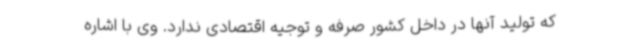
که تولید آنها در داخل کشور صرفه و توجیه اقتصادی ندارد. وی با اشاره